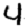
Digit: 4